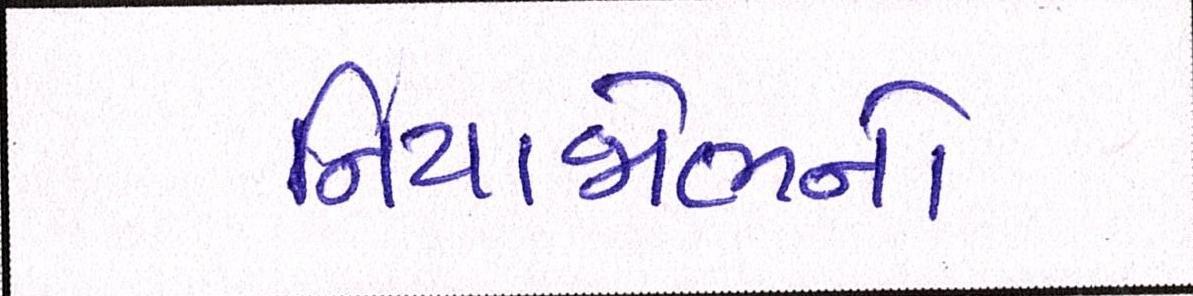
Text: નિયાજોભનો